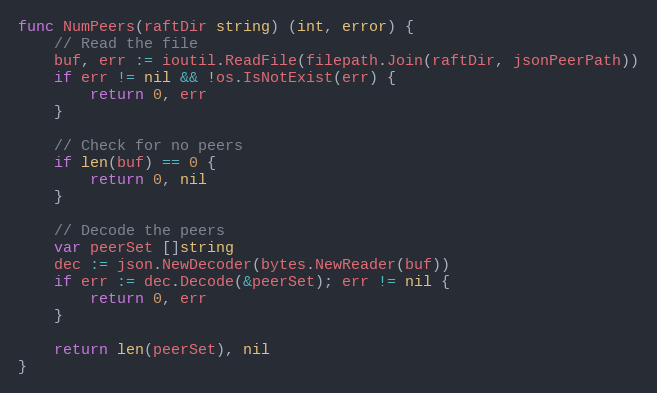
Language: Go
func NumPeers(raftDir string) (int, error) {
	// Read the file
	buf, err := ioutil.ReadFile(filepath.Join(raftDir, jsonPeerPath))
	if err != nil && !os.IsNotExist(err) {
		return 0, err
	}

	// Check for no peers
	if len(buf) == 0 {
		return 0, nil
	}

	// Decode the peers
	var peerSet []string
	dec := json.NewDecoder(bytes.NewReader(buf))
	if err := dec.Decode(&peerSet); err != nil {
		return 0, err
	}

	return len(peerSet), nil
}